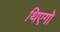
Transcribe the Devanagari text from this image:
थिएगो